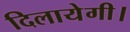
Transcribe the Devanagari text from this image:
दिलायेगी।